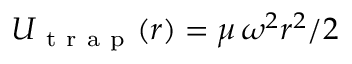
U _ { \mathrm { ~ t ~ r ~ a ~ p ~ } } ( r ) = \mu \, \omega ^ { 2 } r ^ { 2 } / 2